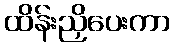
ထိန်းညှိပေးကာ